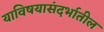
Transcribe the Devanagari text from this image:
याविषयासंदर्भातील